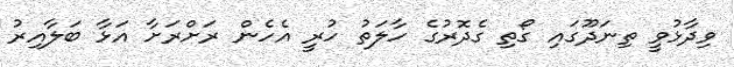
ވިދާޅުވީ ތިނަދޫގައި ގޯތި ގެދޮރުގެ ހާލަތު ހުރީ އެހެން ރަށްރަށާ އަޅާ ބަލާއިރު